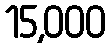
15,000